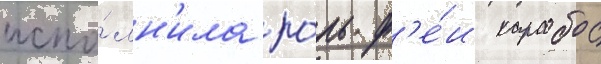
испо́лн'ила ро́ль ф'е́и карабос